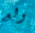
ولع